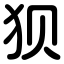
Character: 狈